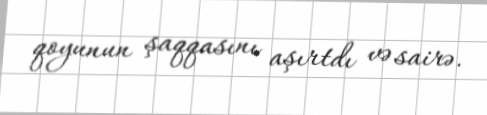
qoyunun şaqqasını aşırtdı və sairə.